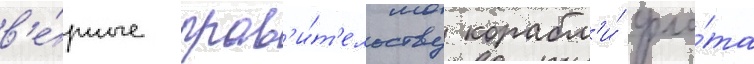
в'е́рные прав'и́т'ельству корабл'и́ фло́та